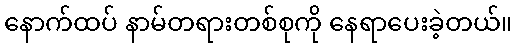
နောက်ထပ် နာမ်တရားတစ်စုကို နေရာပေးခဲ့တယ်။